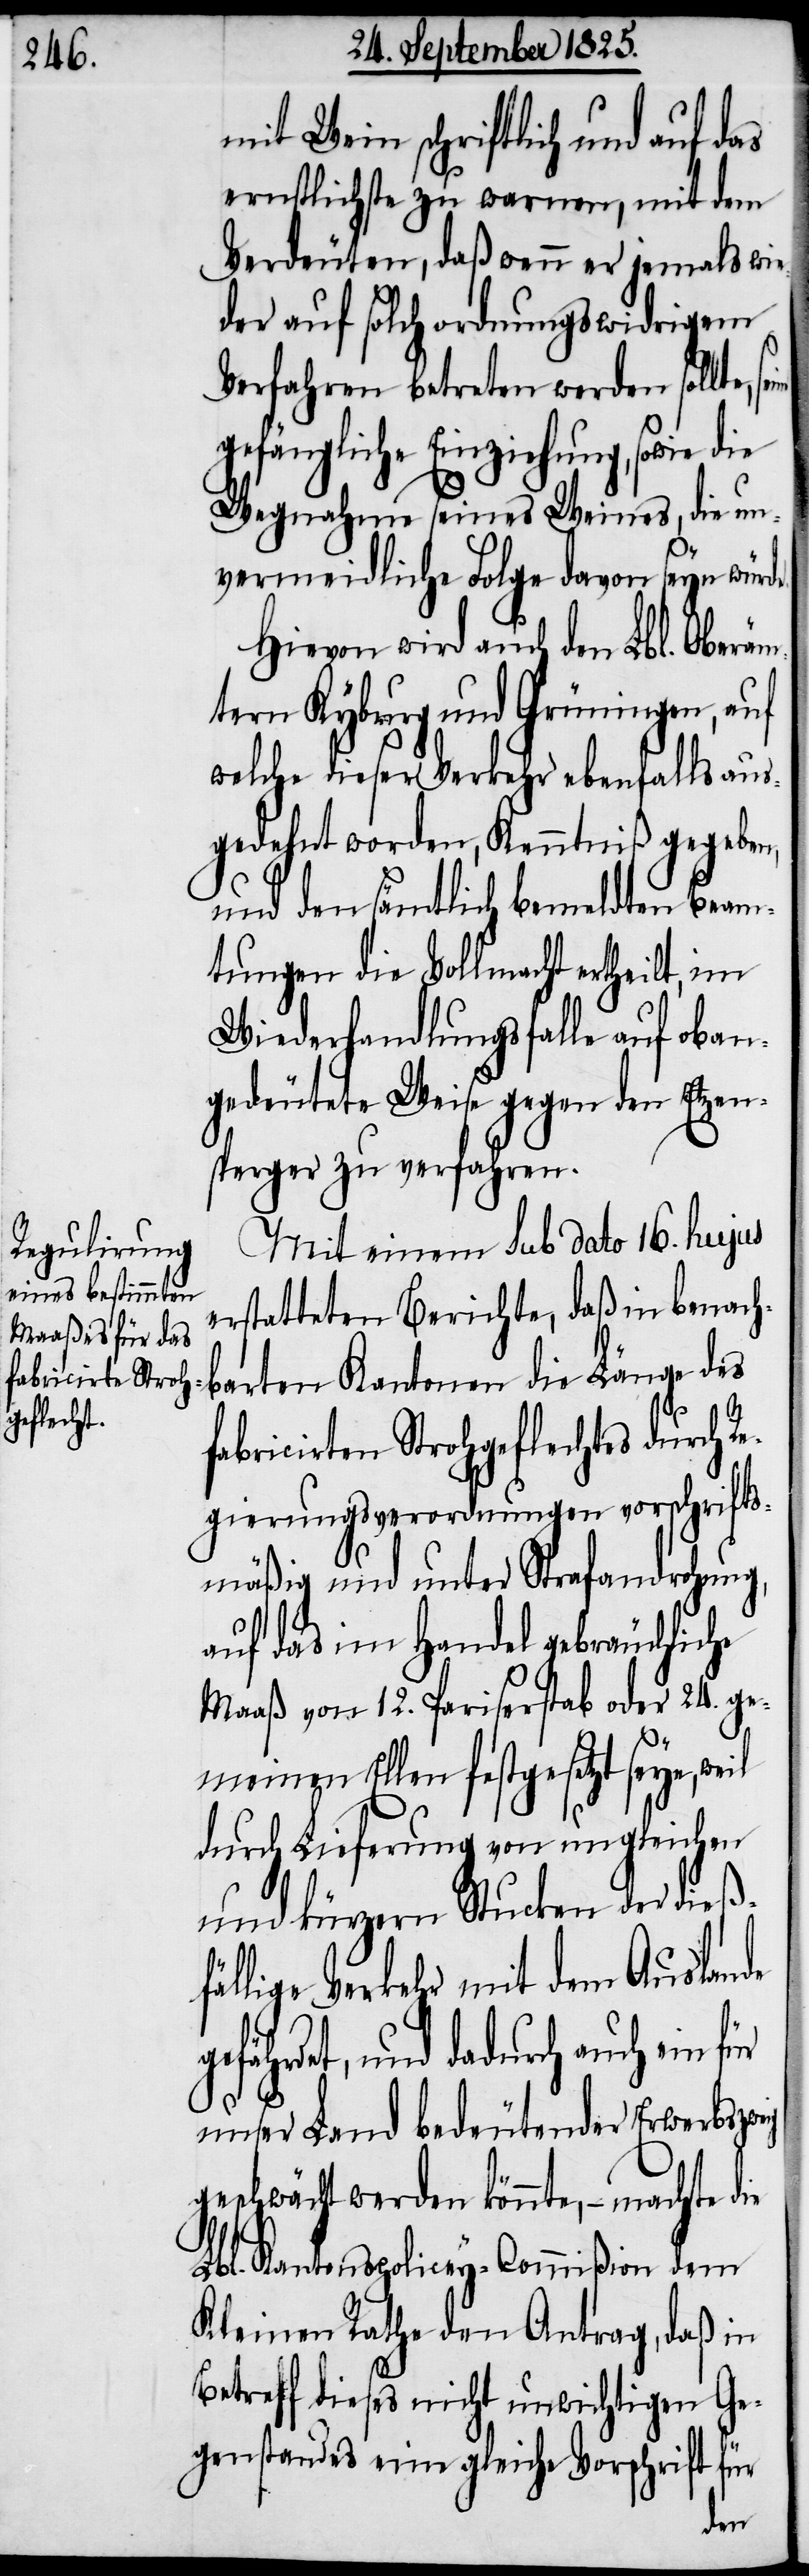
mit Wein schriftlich und auf das
ernstlichste zu warnen, mit dem
Verdeuten, daß wenn er jemals wie¬
der auf solch ordnungswidrigem
Verfahren betreten werden sollte,
gefängliche Einziehung, sowie die
Wegnahme seines Weines, die un¬
vermeidliche Folge davon seyn wür¬
Hievon wird auch den Lbl. Oberäm¬
tern Kyburg und Grüningen, auf
welche dieser Verkehr ebenfalls aus¬
gedehnt worden, Kenntniß gegeben,
und den sämtlich bemeldten Beam¬
tungen die Vollmacht ertheilt, im
Wiederhandlungsfalle auf oben¬
gedeutete Weise gegen den Etzen¬
spreger zu verfahren.
Mit einem sub dato 16. hujus
erstatteten Berichte, daß in benach¬
barten Kantonen die Länge des
fabricirten Strohgeflechtes durch R¬
egierungsverordnungen vorschrifts¬
mäßig und unter Strafandrohung,
auf das im Handel gebräuchliche
Maaß von 12. Pariserstab oder 24. ge¬
ig
meinen Ellen festgesetzt seye, weil
durch Lieferung von ungleichen
und kürzern Stücken der dießf¬
ällige Verkehr mit dem Auslande
gefährdet, und dadurch auch ein
unser Land bedeutender Erwerbszwe¬
geschwächt werden könnte, – machte die
Lbl. Kantonspolicey-Commißion dem
Kleinen Rathe den Antrag, daß in
Betreff dieses nicht unwichtigen Ge¬
genstandes eine gleiche Vorschrift für
de.